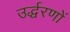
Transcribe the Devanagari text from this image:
उर्द्धरणों